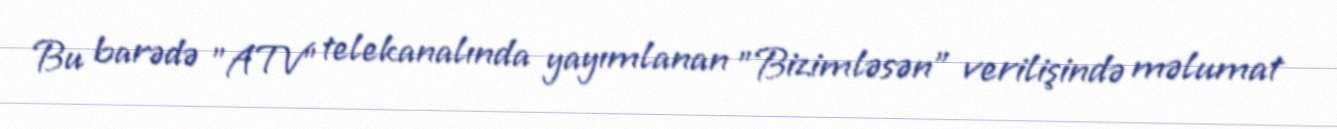
Bu barədə "ATV" telekanalında yayımlanan "Bizimləsən" verilişində məlumat